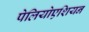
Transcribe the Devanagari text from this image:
पेलियोएशियन